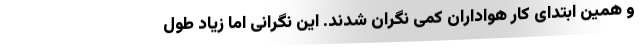
و همین ابتدای کار هواداران کمی نگران شدند. این نگرانی اما زیاد طول